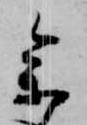
参